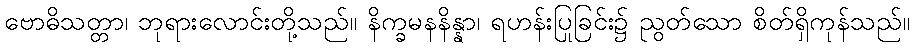
ဗောဓိသတ္တာ၊ ဘုရားလောင်းတို့သည်။ နိက္ခမနနိန္နာ၊ ရဟန်းပြုခြင်း၌ ညွတ်သော စိတ်ရှိကုန်သည်။